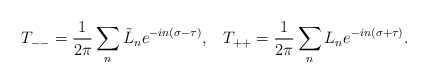
\begin{align*}T_{--}=\frac{1}{2\pi}\sum_n\tilde{L}_n e^{-in(\sigma-\tau)},\;\;\;T_{++}=\frac{1}{2\pi}\sum_n L_n e^{-in(\sigma+\tau)}.\end{align*}